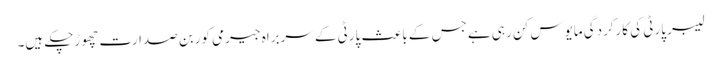
لیبر پارٹی کی کارکردگی مایوس کن رہی ہے جس کے باعث پارٹی کے سربراہ جیرمی کوربن صدارت چھوڑچکے ہیں۔